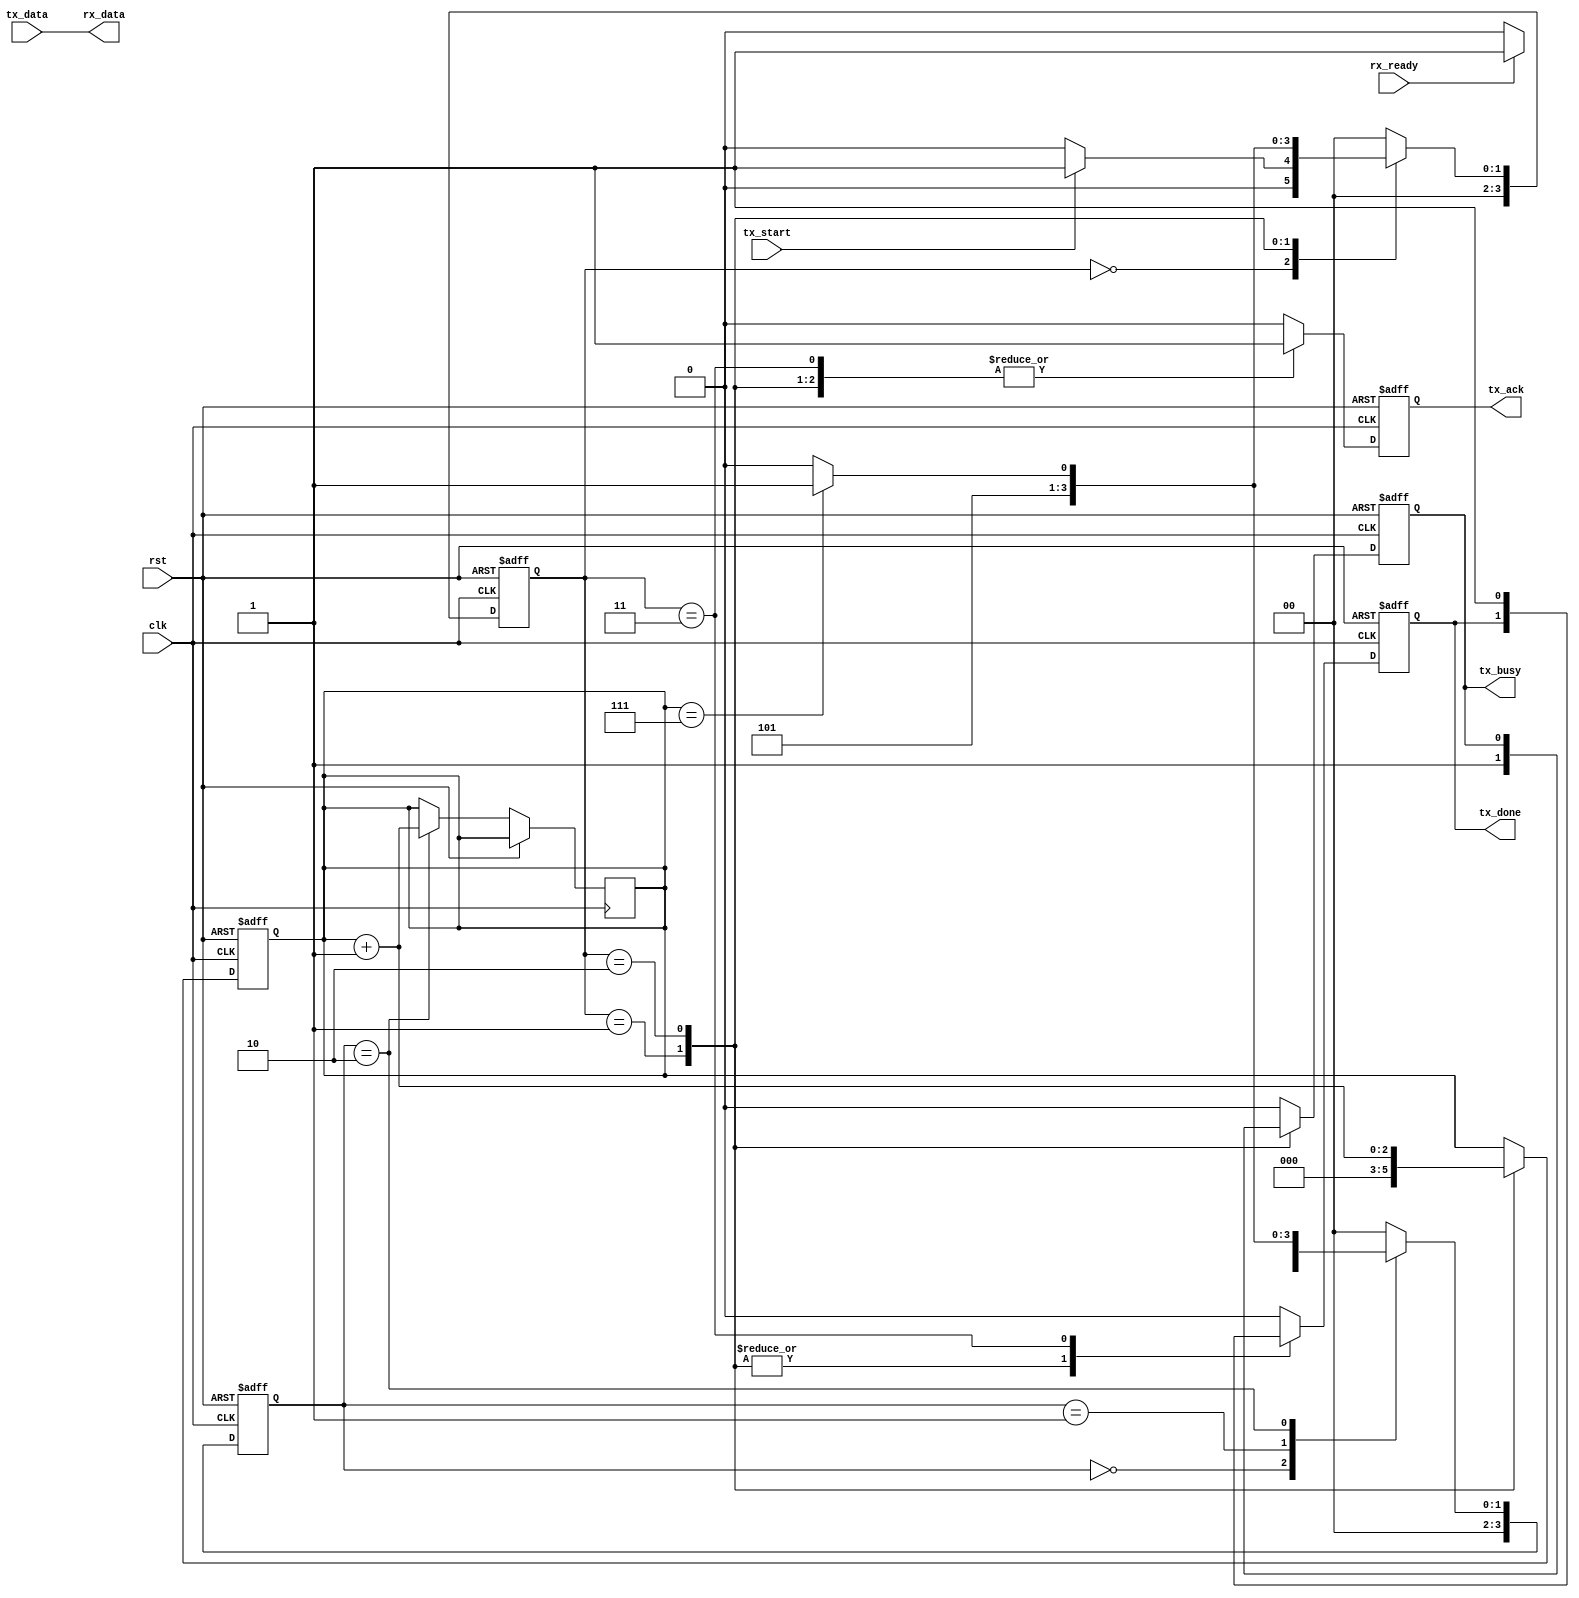
module uart (
    input clk,
    input rst,
    input tx_start,
    input [7:0] tx_data,
    output reg tx_busy,
    output reg tx_done,
    output reg tx_ack,
    output [7:0] rx_data,
    input rx_ready
);
reg tx_busy;
     reg tx_done;
     reg tx_ack;
     reg [7:0] rx_data;
    reg [3:0] tx_state;
    reg [3:0] rx_state;
    reg [2:0] bit_count;
    reg [9:0] tx_shift_reg;
    reg [9:0] rx_shift_reg;
    reg rx_data_ready;
     parameter IDLE = 4'b0000;
    parameter START = 4'b0001;
    parameter DATA = 4'b0010;
    parameter STOP = 4'b0011;

    always @(posedge clk or posedge rst) begin
        if (rst)
            tx_state <= IDLE;
        else
            case (tx_state)
                IDLE: tx_state <= tx_start ? START : IDLE;
                START: tx_state <= DATA;
                DATA: tx_state <= bit_count == 7 ? STOP : DATA;
                STOP: tx_state <= IDLE;
                default: tx_state <= IDLE;
            endcase
    end

    always @(posedge clk or posedge rst) begin
        if (rst) begin
            bit_count <= 0;
            tx_shift_reg <= 10'b0;
            tx_busy <= 0;
            tx_done <= 0;
            tx_ack <= 0;
        end else begin
            case (tx_state)
                IDLE: begin
                    tx_busy <= 0;
                    tx_done <= 0;
                    tx_ack <= 0;
                end
                START: begin
                    tx_busy <= 1;
                    tx_shift_reg <= {1'b0, tx_data, 1'b1};
                    bit_count <= 0;
                    tx_ack <= 1;
                end
                DATA: begin
                    tx_shift_reg <= {tx_shift_reg[8:0], tx_data[bit_count]};
                    bit_count <= bit_count + 1;
                    tx_ack <= 1;
                end
                STOP: begin
                    tx_busy <= 0;
                    tx_done <= 1;
                    tx_ack <= 1;
                end
                default: begin
                    tx_busy <= 0;
                    tx_done <= 0;
                    tx_ack <= 0;
                end
            endcase
        end
    end

    always @(posedge clk or posedge rst) begin
        if (rst) begin
            rx_state <= IDLE;
            rx_shift_reg <= 10'b0;
            rx_data_ready <= 0;
        end else begin
            case (rx_state)
                IDLE: begin
                    rx_state <= rx_ready ? START : IDLE;
                    rx_shift_reg <= 10'b0;
                    rx_data_ready <= 0;
                end
                START: begin
                    rx_state <= DATA;
                    rx_data_ready <= 0;
                end
                DATA: begin
                    rx_shift_reg <= {rx_shift_reg[8:0], rx_ready};
                    bit_count <= bit_count + 1;
                    rx_data_ready <= 1;
                    rx_state <= bit_count == 7 ? STOP : DATA;
                end
                STOP: begin
                    rx_data_ready <= 0;
                    rx_state <= IDLE;
                end
                default: begin
                    rx_state <= IDLE;
                    rx_shift_reg <= 10'b0;
                    rx_data_ready <= 1;
                end
            endcase
        end
    end
    assign tx_data=rx_data;
 //assign #40 rx_data=8'hdb;

endmodule